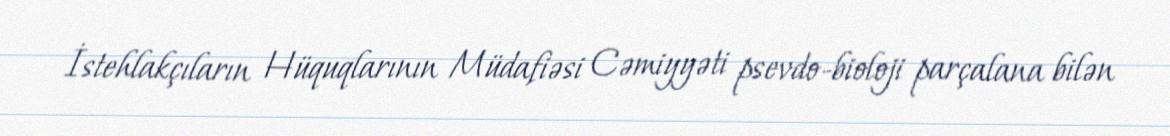
İstehlakçıların Hüquqlarının Müdafiəsi Cəmiyyəti psevdo-bioloji parçalana bilən